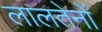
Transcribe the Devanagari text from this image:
लालतेनों